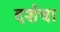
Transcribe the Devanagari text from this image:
दर्शचा